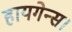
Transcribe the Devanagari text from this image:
हायगेन्स।